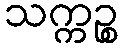
သက္ကဉ္စ